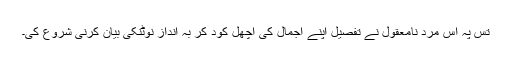
تس پہ اُس مردِ نامعقول نے تفصیل اپنے اجمال کی اُچھل کود کر بہ اندازِ نوٹنکی بیان کرنی شروع کی۔